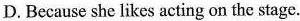
D. Because she likes acting on the stage.